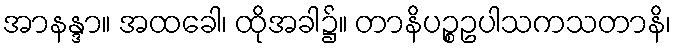
အာနန္ဒာ။ အထခေါ၊ ထိုအခါ၌။ တာနိပဉ္စဥပါသကသတာနိ၊